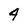
Character: 4